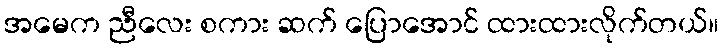
အမေက ညီလေး စကား ဆက် ပြောအောင် ထားထားလိုက်တယ်။